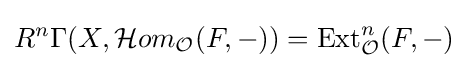
R^{n}\Gamma (X,{\mathcal {H}}om_{\mathcal {O}}(F,-))=\operatorname {Ext} _{\mathcal {O}}^{n}(F,-)